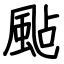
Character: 颭